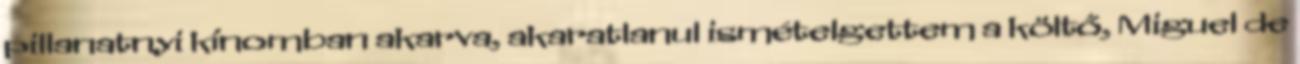
pillanatnyi kínomban akarva, akaratlanul ismételgettem a költő, Miguel de